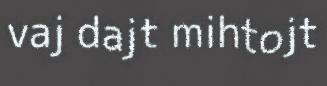
vaj dajt mihtojt